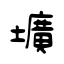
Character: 壙